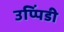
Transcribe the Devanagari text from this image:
उप्पिंडी